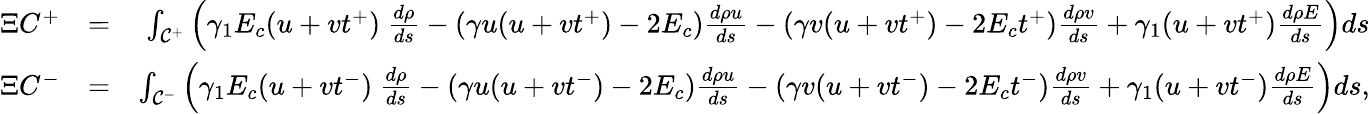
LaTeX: \begin{array}{rlr}{\Xi C^{+}}&{=}&{\int_{{\cal C}^{+}}\left(\gamma_{1}E_{c}(u+vt^{+})~\frac{d\rho}{ds}-(\gamma u(u+vt^{+})-2E_{c})\frac{d\rho u}{ds}-(\gamma v(u+vt^{+})-2E_{c}t^{+})\frac{d\rho v}{ds}+\gamma_{1}(u+vt^{+})\frac{d\rho E}{ds}\right)ds}\\ {\Xi C^{-}}&{=}&{\int_{{\cal C}^{-}}\left(\gamma_{1}E_{c}(u+vt^{-})~\frac{d\rho}{ds}-(\gamma u(u+vt^{-})-2E_{c})\frac{d\rho u}{ds}-(\gamma v(u+vt^{-})-2E_{c}t^{-})\frac{d\rho v}{ds}+\gamma_{1}(u+vt^{-})\frac{d\rho E}{ds}\right)ds,}\end{array}